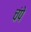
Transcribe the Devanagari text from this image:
चंपे